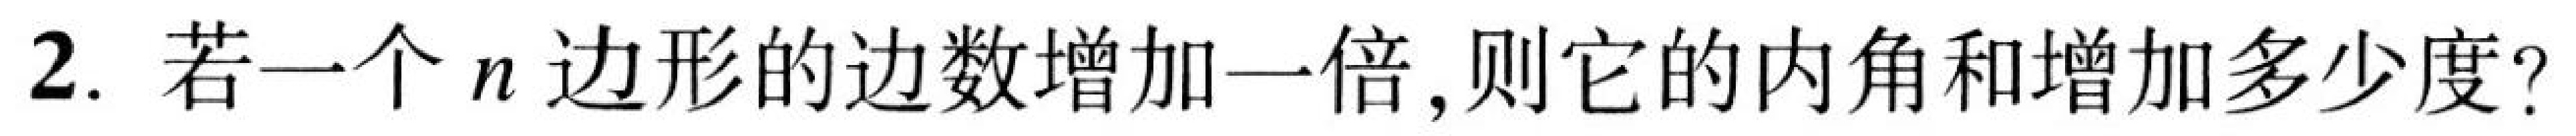
2. 若一个\(n\)边形的边数增加一倍，则它的内角和增加多少度？